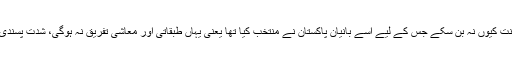
یہ رنگ اس بات کی ضمانت کیوں نہ بن سکے جس کے لیے اسے بانیان پاکستان نے منتخب کیا تھا یعنی یہاں طبقاتی اور معاشی تفریق نہ ہوگی، شدت پسندی اور تنگ نظری نہ ہوگی۔